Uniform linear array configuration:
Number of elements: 24
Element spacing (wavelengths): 1
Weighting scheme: kaiser
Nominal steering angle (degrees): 0
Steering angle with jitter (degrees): -0.7663
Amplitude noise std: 0.05
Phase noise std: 0.05

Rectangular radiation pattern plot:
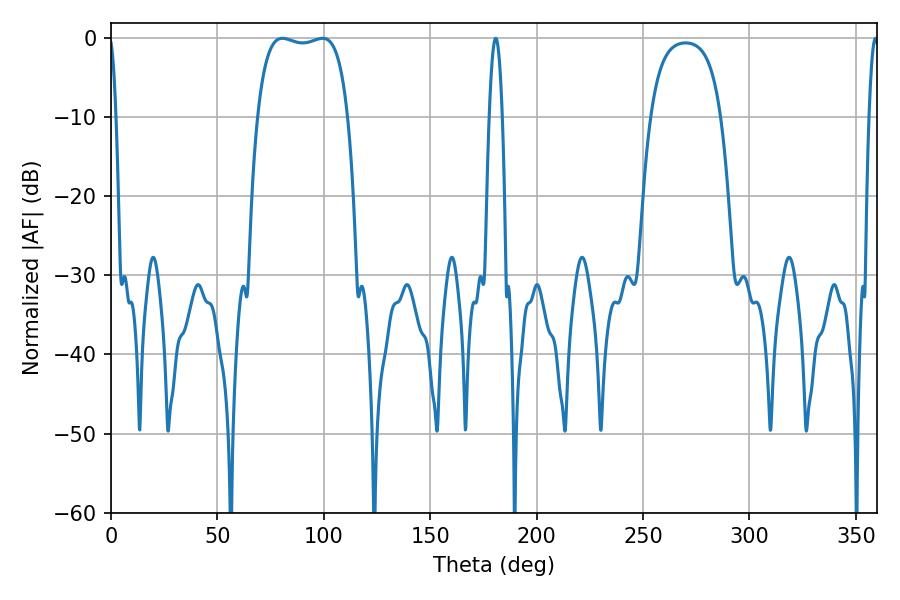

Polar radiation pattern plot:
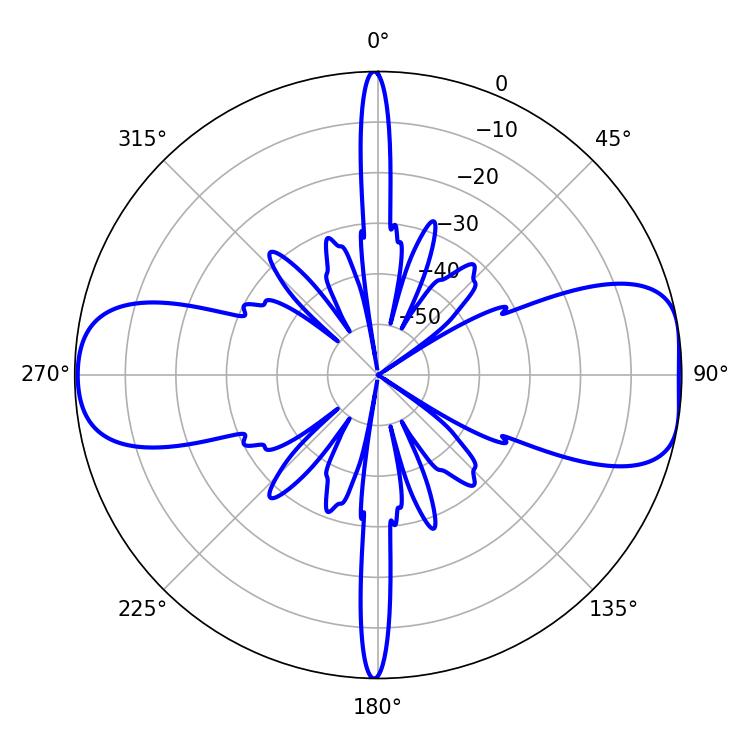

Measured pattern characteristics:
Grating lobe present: TRUE
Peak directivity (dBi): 9.55
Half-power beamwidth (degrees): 33.84
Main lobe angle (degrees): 80.46